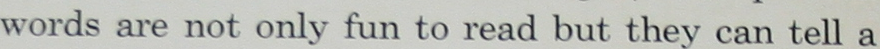
words are not only fun to read but they can tell a